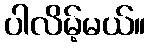
ပါလိမ့်မယ်။